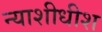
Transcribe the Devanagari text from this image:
न्‍याशीधीश